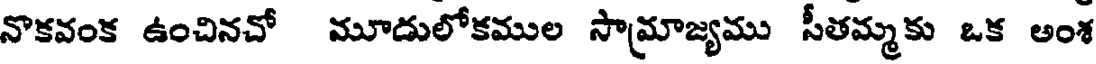
నొకవంక ఉంచినచో మూడులోకముల సామ్రాజ్యము సీతమ్మకు ఒక అంశ